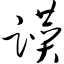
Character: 躜